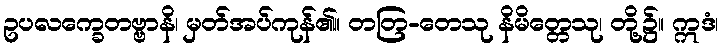
ဥပလက္ခေတဗ္ဗာနိ၊ မှတ်အပ်ကုန်၏။ တတြ-တေသု နိမိတ္တေသု၊ တို့၌။ ဣဒံ၊